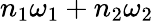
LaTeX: n_{1}\omega_{1}+n_{2}\omega_{2}